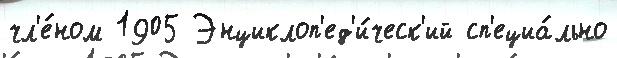
чл'е́ном 1905 Энциклоп'ед'и́ческ'ий сп'ециа́льно